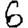
Digit: 6